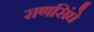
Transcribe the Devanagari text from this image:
राणसिंघे